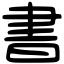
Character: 書